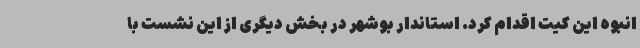
انبوه این کیت اقدام کرد. استاندار بوشهر در بخش دیگری از این نشست با